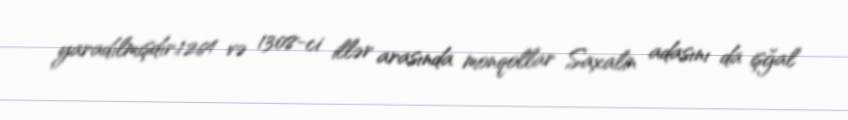
yaradılmışdır.1264 və 1308-ci illər arasında monqollar Saxalin adasını da işğal